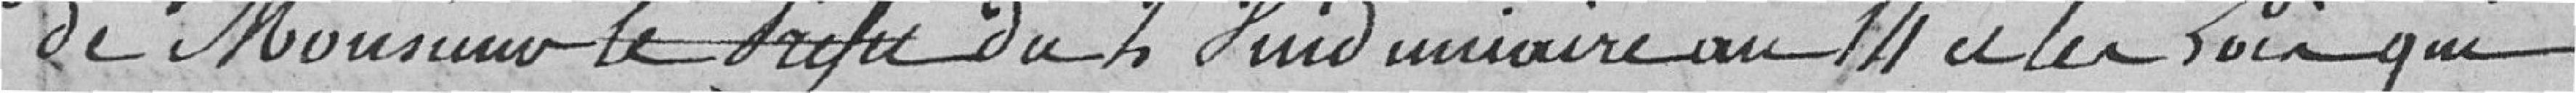
de Monsieur le Préfet du 2 Vendémiaire au 14 et les lois qui